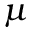
\mu